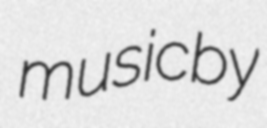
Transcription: music by